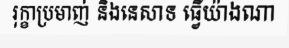
រុក្ខាប្រមាញ់ និងនេសាទ ធ្វើយ៉ាងណា